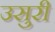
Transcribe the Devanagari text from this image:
उसुरी